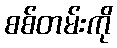
စစ်တမ်းကို